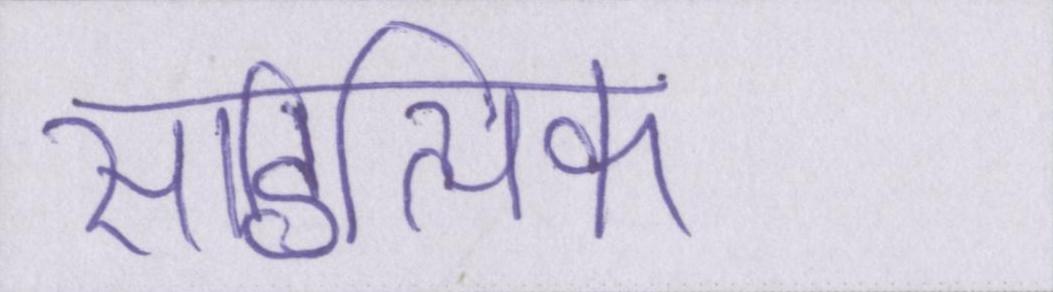
साहित्यिक